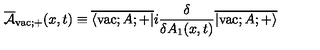
\overline { { \cal A } } _ { \mathrm { v a c } ; + } ( x , t ) \equiv \overline { { \langle \mathrm { v a c } ; A ; + | } } i \frac { \delta } { \delta A _ { 1 } ( x , t ) } \overline { { | \mathrm { v a c } ; A ; + \rangle } }